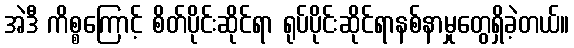
အဲဒီ ကိစ္စကြောင့် စိတ်ပိုင်းဆိုင်ရာ ရုပ်ပိုင်းဆိုင်ရာနစ်နာမှုတွေရှိခဲ့တယ်။